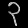
Digit: ၃